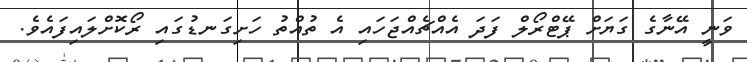
ވަނީ އޭނާގެ ގަޔަށް ޕޭޓްރޯލް ފަދަ އެއްޗެއްޖަހައި އެ ތުއްތު ހަށިގަނޑުގައި ރޯކޮށްލައިފައެވެ.